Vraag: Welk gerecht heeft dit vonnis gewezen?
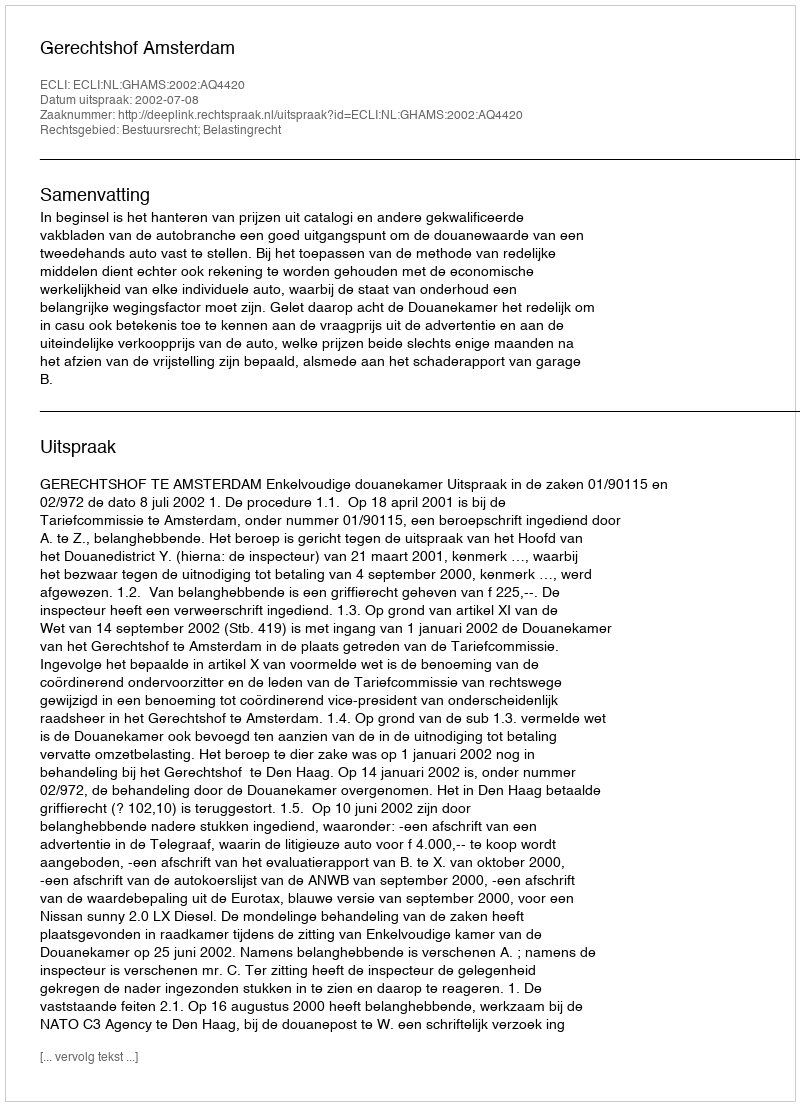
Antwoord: Gerechtshof Amsterdam